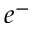
e ^ { - }